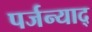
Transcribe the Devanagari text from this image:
पर्जन्याद्‌